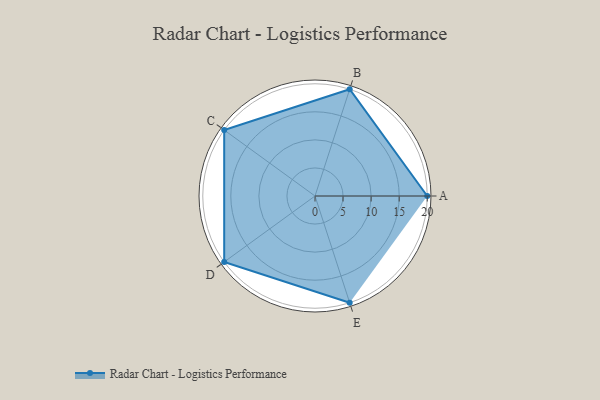
{"axis": {"x": "Skill", "y": "Score"}, "legend": ["Profile"], "data": [{"x": "A", "y": 20, "type": "Profile"}, {"x": "B", "y": 20, "type": "Profile"}, {"x": "C", "y": 20, "type": "Profile"}, {"x": "D", "y": 20, "type": "Profile"}, {"x": "E", "y": 20, "type": "Profile"}]}